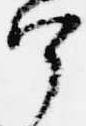
宰